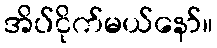
အိပ်ငိုက်မယ်နော်။